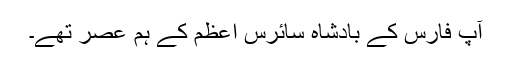
آپ فارس کے بادشاہ سائرس اعظم کے ہم عصر تھے۔